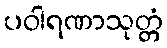
ပဝါရဏာသုတ္တံ